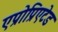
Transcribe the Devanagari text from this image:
एप्रोप्रिएटेड